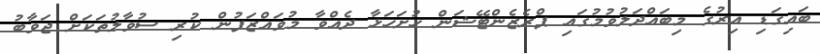
ބައިގަޑި އިރުގެ މިބައްދަލުވުމުގައި ޕްރެޒެންޓޭޝަން ހުށަހަޅާ ދެއްވާ މުވައްޒަފުން ކުރި ސުވާލުތަކަށް ޖަވާބު